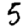
Digit: 5